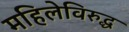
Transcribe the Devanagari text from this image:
महिलेविरुद्ध